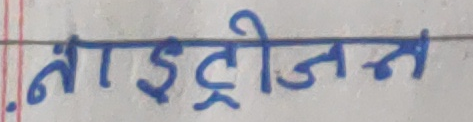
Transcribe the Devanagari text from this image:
नाइट्रोजन